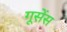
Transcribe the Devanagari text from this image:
गूसेंस